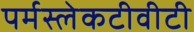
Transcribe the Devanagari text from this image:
पर्मस्लेकटीवीटी